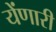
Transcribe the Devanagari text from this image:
येंणारी